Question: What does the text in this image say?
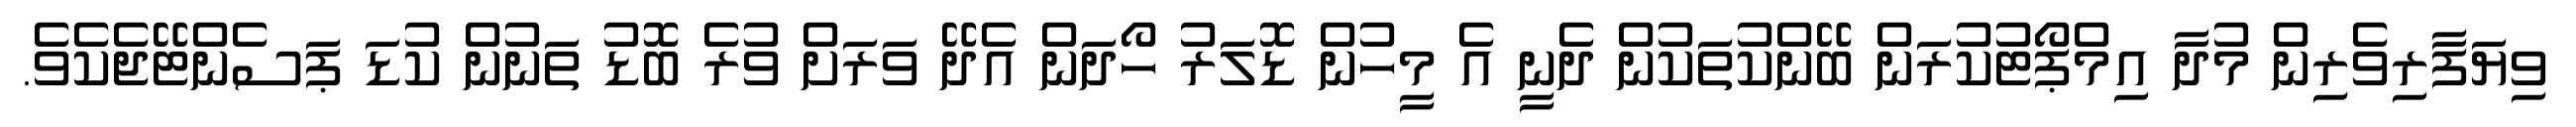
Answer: ވިޔަފާރިވެރިން މުދާ އިމްޕޯޓުކުރަން ބޭންކުތަކުން ދެނީ އެ މީހުން ޑޮލަރު ހޯދަން އެދޭ ވަރަށް ވުރެ ބޮޑު ތަނުން ކުޑަ ޕަސެންޓޭޖެކެވެ.